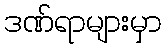
ဒဏ်ရာများမှာ